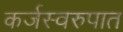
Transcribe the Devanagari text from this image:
कर्जस्वरुपात